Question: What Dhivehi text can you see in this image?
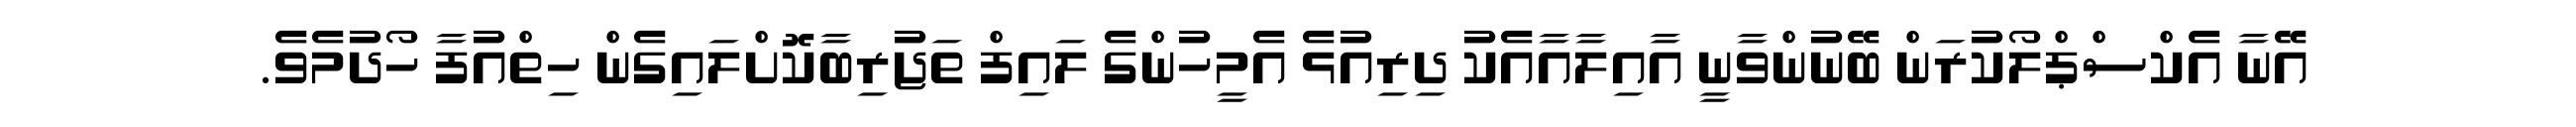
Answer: އޭނާ އެކްސްޕްލޯކުރަން ބޭނުންވާނީ އާއިލާއާއެކު ދިރިއުޅެ އެމީހުންގެ ލައިފް ތަޖުރިބާކޮށްލައިގެން ހިތްއުފާ ހޯދުމެވެ.